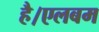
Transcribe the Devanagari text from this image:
है।एलबम